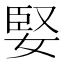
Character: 婜